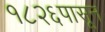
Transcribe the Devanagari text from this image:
१८२६पासून